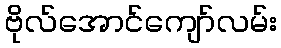
ဗိုလ်အောင်ကျော်လမ်း